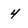
Character: 4